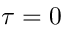
\tau = 0